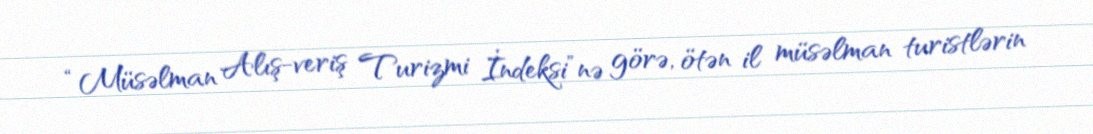
“Müsəlman Alış-veriş Turizmi İndeksi”nə görə, ötən il müsəlman turistlərin